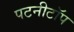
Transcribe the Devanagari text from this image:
पटनीटॉप